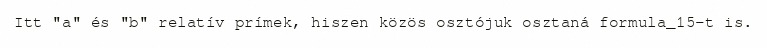
Itt "a" és "b" relatív prímek, hiszen közös osztójuk osztaná formula_15-t is.